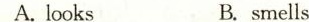
A.looks B.smells